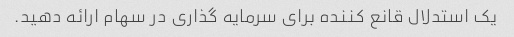
یک استدلال قانع کننده برای سرمایه گذاری در سهام ارائه دهید.